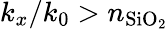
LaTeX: k_{x}/k_{0}>n_{\mathrm{SiO_{2}}}